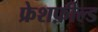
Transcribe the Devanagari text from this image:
फ्रेशफ़ील्ड